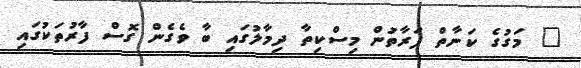
" މަގުގެ ކަނާތް ފަރާތުން މިސްކިތާ ދިމާލުގައި ބާ ވެގެން ގޮސް ފާރުތަކުގައި